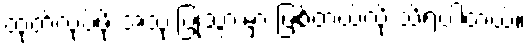
ထုတ်လုပ်ဖို့ အသုံးပြုသွားမှာ ဖြစ်တယ်လို့ သိရပါတယ်။